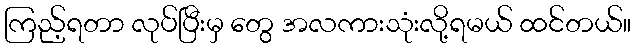
ကြည့်ရတာ လုပ်ပြီးမှ တွေ အလကားသုံးလို့ရမယ် ထင်တယ်။